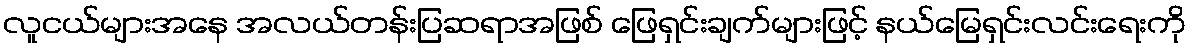
လူငယ်များအနေ အလယ်တန်းပြဆရာအဖြစ် ဖြေရှင်းချက်များဖြင့် နယ်မြေရှင်းလင်းရေးကို